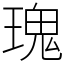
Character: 瑰